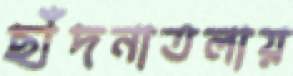
ছাঁদনাতলায়